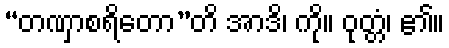
“တဏှာစရိတော”တိ အာဒိ၊ ကို။ ဝုတ္တံ၊ ၏။